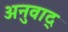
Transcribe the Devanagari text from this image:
अनुवाद्